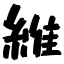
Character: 維